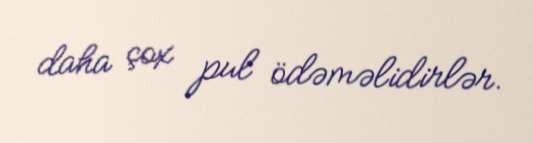
daha çox pul ödəməlidirlər.